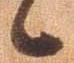
候